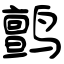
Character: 鹯